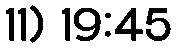
11) 19:45